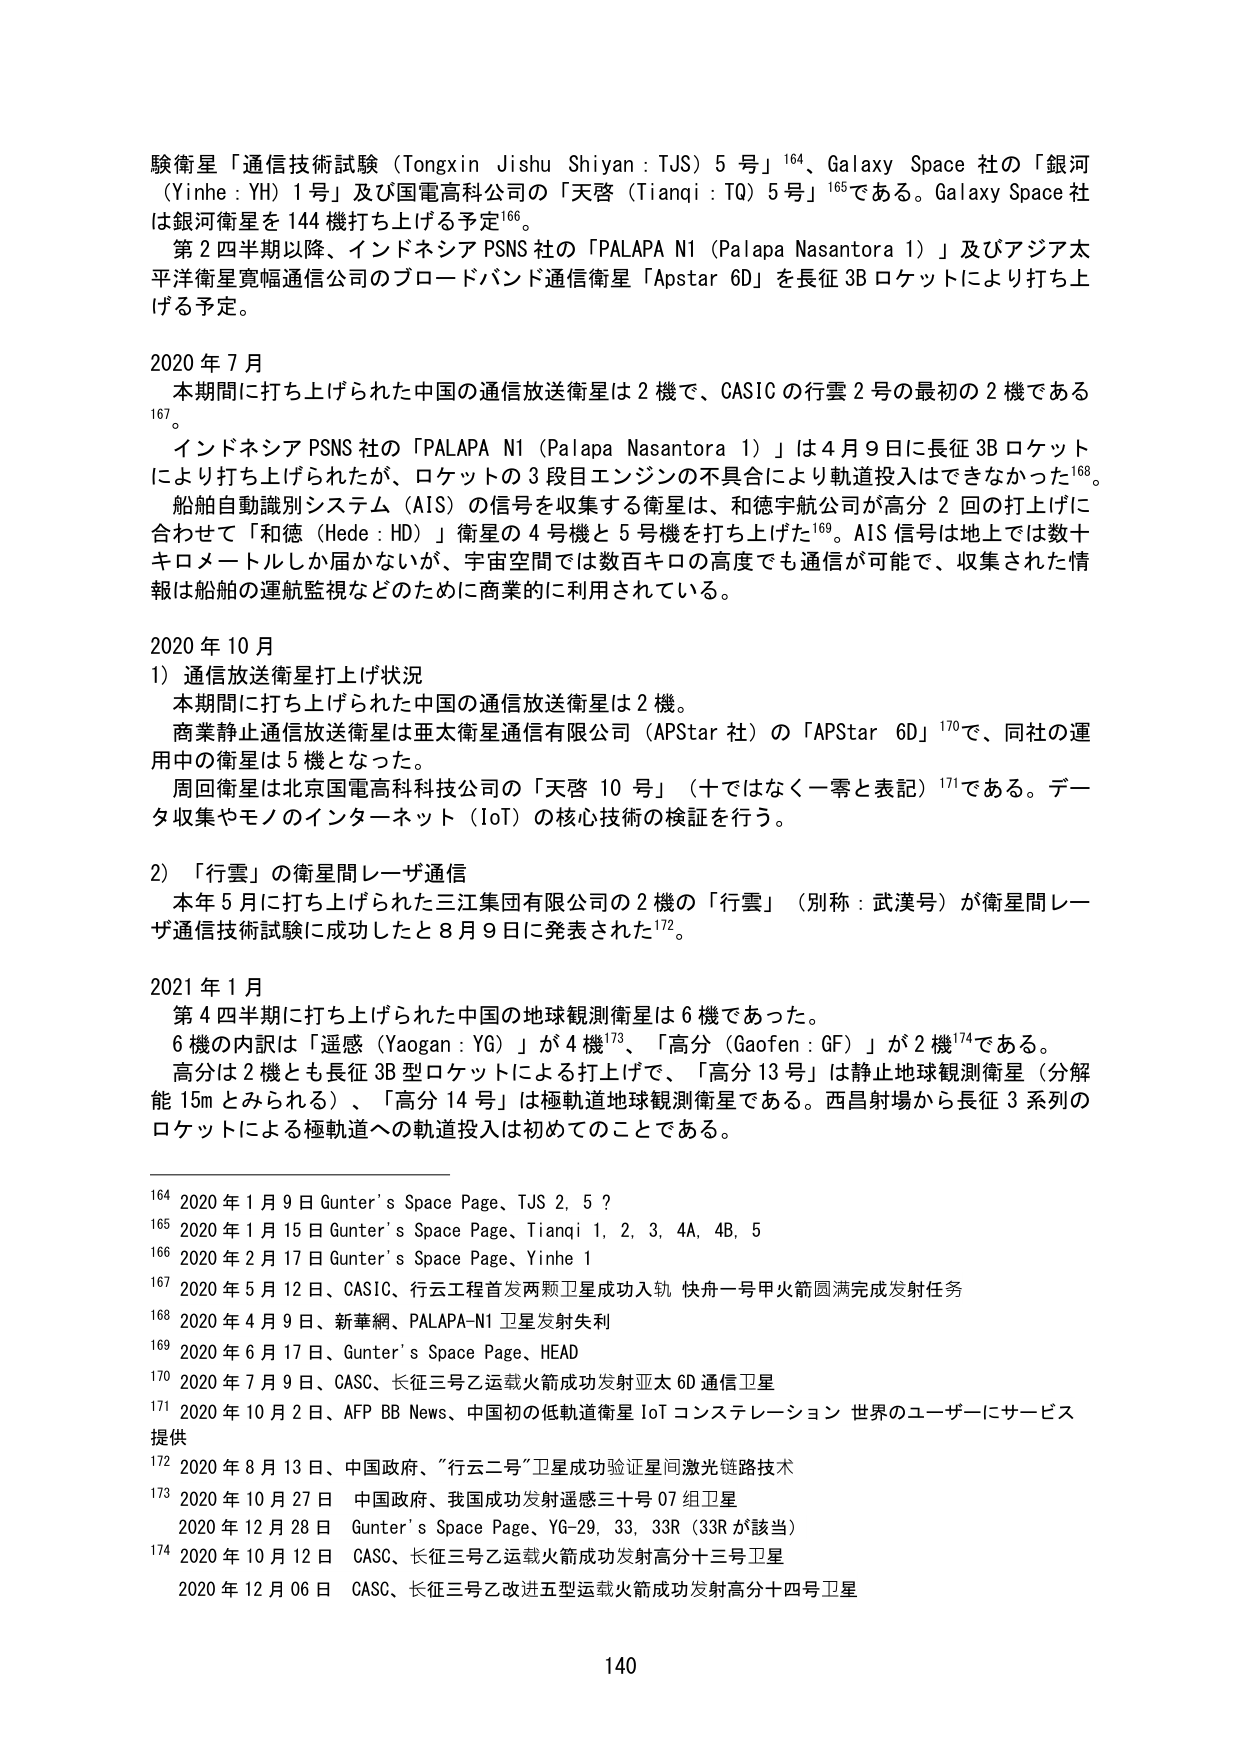
験衛星「通信技術試験（Tongxin Jishu Shiyán : TJS）5号」¹⁶⁴、Galaxy Space社の「銀河（Yinhe : YH）1号」及び国電高科公司的「天啓（Tianqi : TQ）5号」¹⁶⁵である。Galaxy Space社は銀河衛星は144機打ち上げる予定¹⁶⁶。

第2四半期以降、インドネシアPSNS社の「PALAPA N1（Palapa Nasantora 1）」及びアジア太平洋衛星寛幅通信公司のブロードバンド通信衛星「Apstar 6D」を長征3Bロケットにより打ち上げる予定。

2020年7月
本期間に打ち上げられた中国の通信放送衛星は2機で、CASICの行雲2号の最初の2機である¹⁶⁷。
インドネシアPSNS社の「PALAPA N1（Palapa Nasantora 1）」は4月9日に長征3Bロケットにより打ち上げられたが、ロケットの3段目エンジンの不具合により軌道投入はできなかった¹⁶⁸。
船舶自動識別システム（AIS）の信号を収集する衛星は、和德宇航公司が高分2回の打上げに合わせて「和徳（Hede : HD）」衛星の4号機と5号機を打ち上げた¹⁶⁹。AIS信号は地上では数十キロメートルしか届かないが、宇宙空間では数百キロの高度でも通信が可能で、収集された情報は船舶の運航監視などのために商業的に利用されている。

2020年10月
1）通信放送衛星打上げ状況
本期間に打ち上げられた中国の通信放送衛星は2機。
商業静止通信放送衛星は亜太衛星通信有限公司（APStar社）の「APStar 6D」¹⁷⁰で、同社の運用中の衛星は5機となった。
周回衛星は北京国電高科科技公司的「天啓10号」（十ではなく一零と表記）¹⁷¹である。データ収集やモノのインターネット（IoT）の核心技术の検証を行う。

2）「行雲」の衛星間レーザ通信
本年5月に打ち上げられた三江集団有限公司の2機の「行雲」（別称：武漢号）が衛星間レーザ通信技術試験に成功したと8月9日に発表された¹⁷²。

2021年1月
第4四半期に打ち上げられた中国の地球観測衛星は6機であった。
6機の内訳は「遙感（Yaogan : YG）」が4機¹⁷³、「高分（Gaofen : GF）」が2機¹⁷⁴である。
高分は2機とも長征3B型ロケットによる打上げで、「高分13号」は静止地球観測衛星（分解能15mとみられる）、「高分14号」は極軌道地球観測衛星である。西昌射場から長征3系列のロケットによる極軌道への軌道投入は初めてのことである。

¹⁶⁴ 2020年1月9日 Gunter's Space Page、TJS 2, 5?
¹⁶⁵ 2020年1月15日 Gunter's Space Page、Tianqi 1, 2, 3, 4A, 4B, 5
¹⁶⁶ 2020年2月17日 Gunter's Space Page、Yinhe 1
¹⁶⁷ 2020年5月12日、CASIC、行云工程首发两颗卫星成功入轨 快舟一号甲火箭圆满完成发射任务
¹⁶⁸ 2020年4月9日、新華網、PALAPA-N1衛星发射失利
¹⁶⁹ 2020年6月17日、Gunter's Space Page、HEAD
¹⁷⁰ 2020年7月9日、CASC、长征三号乙运载火箭成功发射亚太6D通信卫星
¹⁷¹ 2020年10月2日、AFP BB News、中国初の低軌道衛星IoTコンステレーション 世界のユーザーにサービス提供
¹⁷² 2020年8月13日、中国政府、「行云二号」卫星成功验证星间激光链路技术
¹⁷³ 2020年10月27日 中国政府、我国成功发射遥感三十号07组卫星
　　2020年12月28日 Gunter's Space Page、YG-29, 33, 33R（33Rが該当）
¹⁷⁴ 2020年10月12日 CASC、长征三号乙运载火箭成功发射高分十三号卫星
　　2020年12月06日 CASC、长征三号乙改进五型运载火箭成功发射高分十四号卫星

140